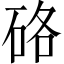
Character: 硌